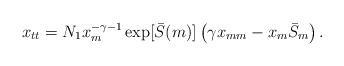
LaTeX: \begin{align*}x_{tt}=N_1x_m^{-\gamma-1}\exp[{\bar S}(m)]\left(\gamma x_{mm}-x_m \bar{S}_m\right). \end{align*}